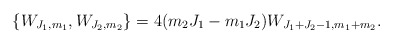
\begin{align*}\{W_{J_{1},m_{1}},W_{J_{2},m_{2}}\}=4(m_{2}J_{1}-m_{1}J_{2})W_{J_{1}+J_{2}-1,m_{1}+m_{2}} . \end{align*}